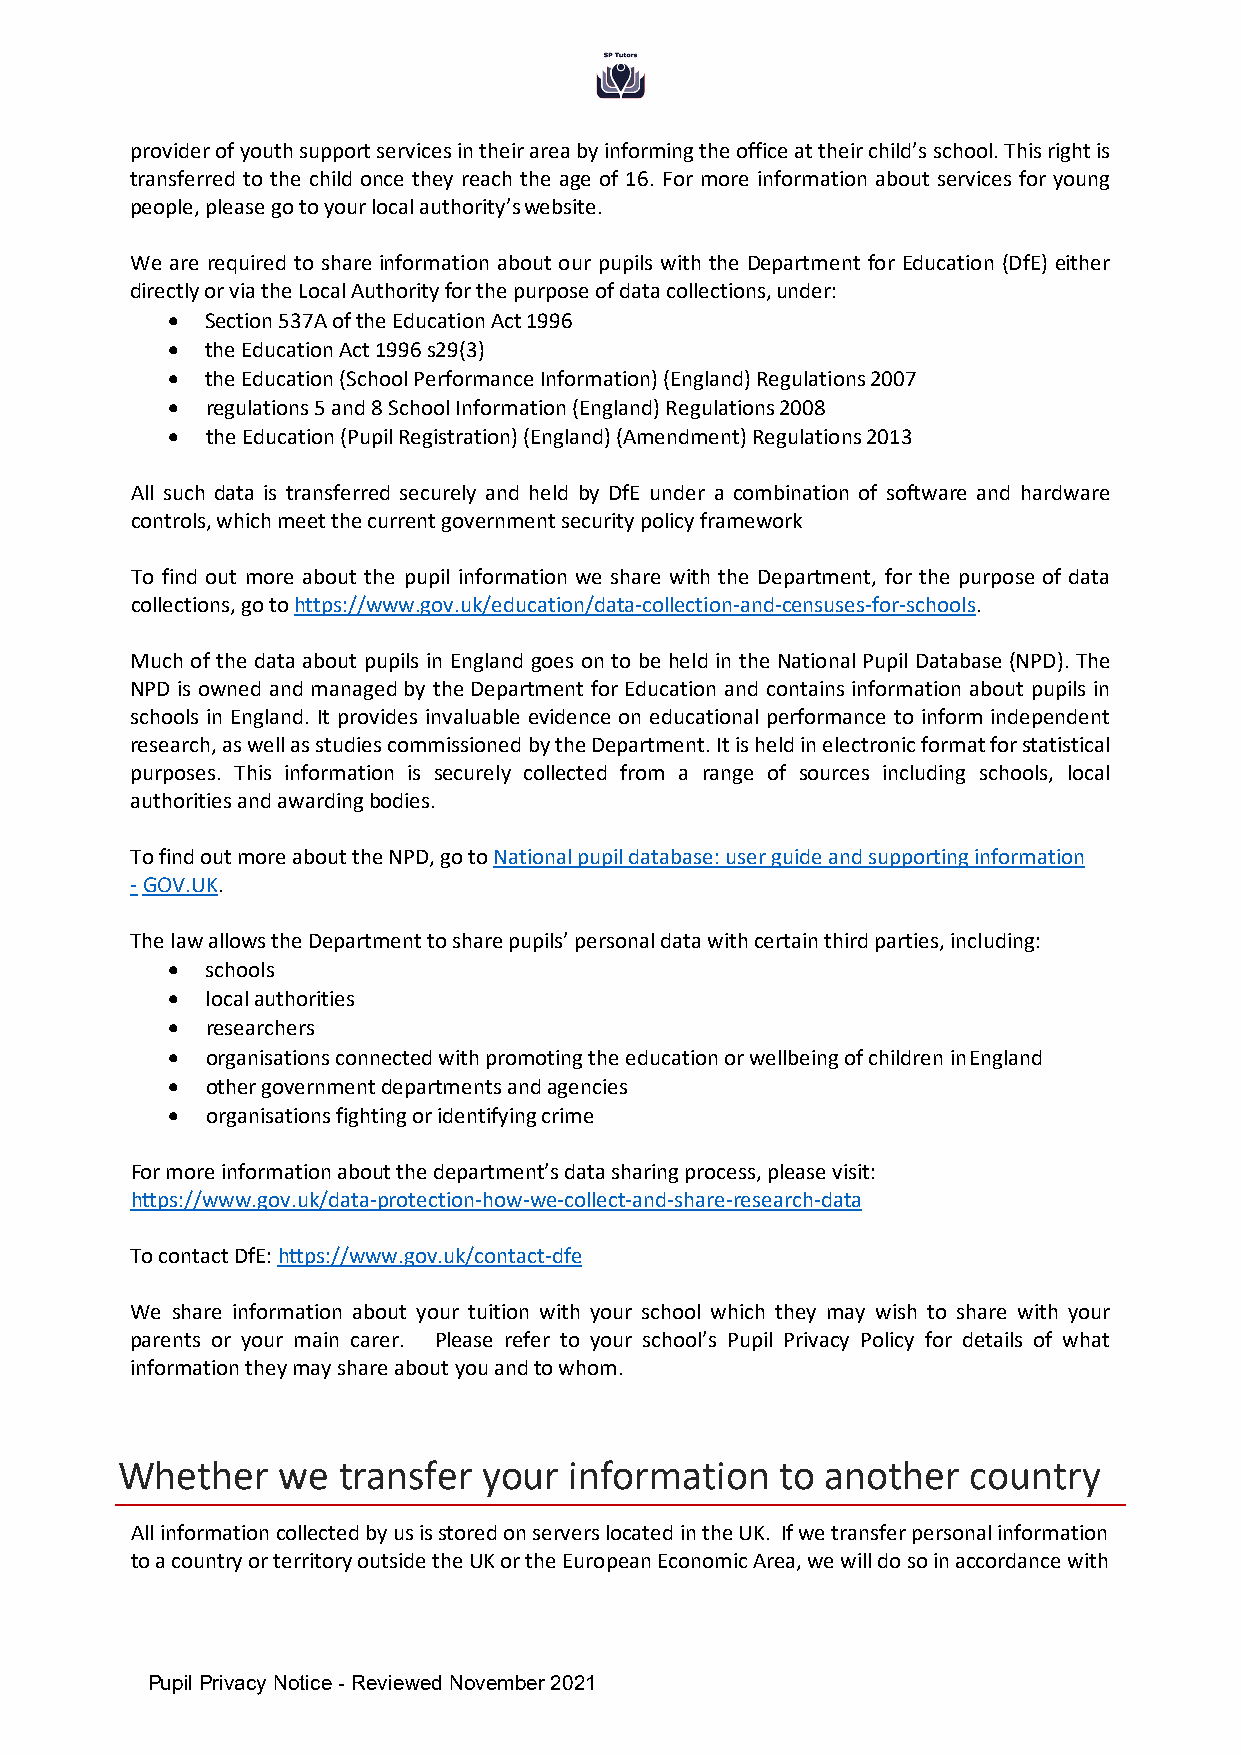
provider of youth support services in their area by informing the office at their child’s school. This right is
 transferred to the child once they reach the age of 16. For more information about services for young
 people, please go to your local authority’s website.
 We are required to share information about our pupils with the Department for Education (DfE) either
 directly or via the Local Authority for the purpose of data collections, under:
 •  Section 537A of the Education Act 1996
 •  the Education Act 1996 s29(3)
 •  the Education (School Performance Information) (England) Regulations 2007
 •  regulations 5 and 8 School Information (England) Regulations 2008
 •  the Education (Pupil Registration) (England) (Amendment) Regulations 2013
 All such data is transferred securely and held by DfE under a combination of software and hardware
 controls, which meet the current government security policy framework
 To find out more about the pupil information we share with the Department, for the purpose of data
 collections, go to https://www.gov.uk/education/data-collection-and-censuses-for-schools.
 Much of the data about pupils in England goes on to be held in the National Pupil Database (NPD). The
 NPD is owned and managed by the Department for Education and contains information about pupils in
 schools in England. It provides invaluable evidence on educational performance to inform independent
 research, as well as studies commissioned by the Department. It is held in electronic format for statistical
 purposes. This information is securely collected from a range of sources including schools, local
 authorities and awarding bodies.
 To find out more about the NPD, go to National pupil database: user guide and supporting information
 - GOV.UK.
 The law allows the Department to share pupils’ personal data with certain third parties, including:
 •  schools
 •  local authorities
 •  researchers
 •  organisations connected with promoting the education or wellbeing of children in England
 •  other government departments and agencies
 •  organisations fighting or identifying crime
 For more information about the department’s data sharing process, please visit:
 https://www.gov.uk/data-protection-how-we-collect-and-share-research-data
 To contact DfE: https://www.gov.uk/contact-dfe
 We share information about your tuition with your school which they may wish to share with your
 parents or your main carer. Please refer to your school’s Pupil Privacy Policy for details of what
 information they may share about you and to whom.
 Whether   we  transfer  your  information   to another  country
 All information collected by us is stored on servers located in the UK. If we transfer personal information
 to a country or territory outside the UK or the European Economic Area, we will do so in accordance with
 Pupil Privacy Notice - Reviewed November 2021